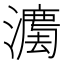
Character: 𱩮